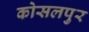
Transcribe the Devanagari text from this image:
कोसलपुर